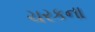
ચરકના